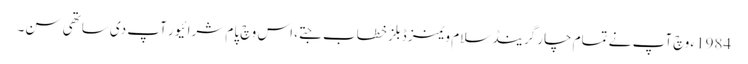
1984ء وچ آپ نے تمام چار گرینڈ سلام ویمنز ڈبلز خطاب جتے، اس وچ پام شرائیور آپ د‏‏ی ساتھی سن۔